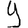
Digit: 9